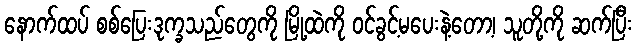
နောက်ထပ် စစ်ပြေးဒုက္ခသည်တွေကို မြို့ထဲကို ဝင်ခွင့်မပေးနဲ့တော့၊ သူတို့ကို ဆက်ပြီး